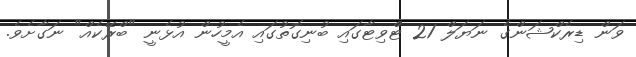
ވަން ޑިރެކްޝަންގެ ނަޔަލް 21 ޓްވިޓާގައި ބުނިގޮތުގައި އެމީހުން އުޅެނީ "ބްރޭކެއް" ނަގާށެވެ.